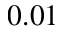
0 . 0 1